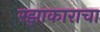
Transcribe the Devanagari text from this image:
रझाकाराचा